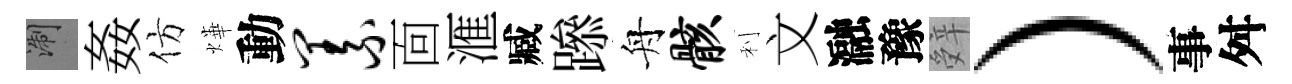
浙姦仿燁動义靣滙臧𨅶舟骸利文瀜豫辤）事舛